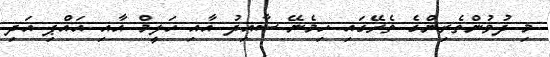
މި ދުވުންތެރިންގެ ތެރޭގައި ހިމެނޭ ސާއިދު އާއި ހަލީމް އާއި އައްޕި އަދި